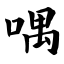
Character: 喁